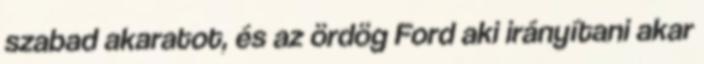
szabad akaratot, és az ördög Ford aki irányítani akar